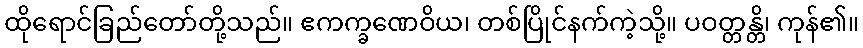
ထိုရောင်ခြည်တော်တို့သည်။ ဧကက္ခဏေဝိယ၊ တစ်ပြိုင်နက်ကဲ့သို့။ ပဝတ္တန္တိ၊ ကုန်၏။